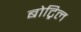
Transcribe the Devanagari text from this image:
बोट्रिल